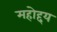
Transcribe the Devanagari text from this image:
महोद्दय